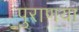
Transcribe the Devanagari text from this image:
पुराणया